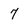
Character: 7